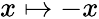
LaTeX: x\mapsto-x